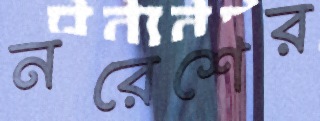
নরেশের